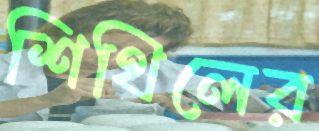
শিথিলের